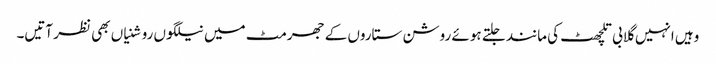
وہیں انہیں گلابی تلچھٹ کی مانند جلتے ہوئے روشن ستاروں کے جھرمٹ میں نیلگوں روشنیاں بھی نظر آتیں۔